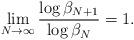
LaTeX: \begin{align*}\lim _{N \rightarrow \infty} \frac{\log \beta _{N+1} }{\log \beta _N } = 1 .\end{align*}